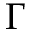
\Gamma